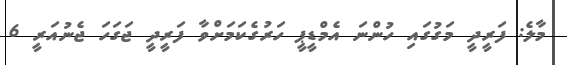
މާލެ: ފަރީދީ މަގުގައި ހުންނަ އެމްޑީޕީ ހަރުގެކަމަށްވާ ފަރީދީ ޖަގަހަ ޖެނުއަރީ 6